Indian journal of veterinary science and animal husbandry - Volume 10,
Year: 1940
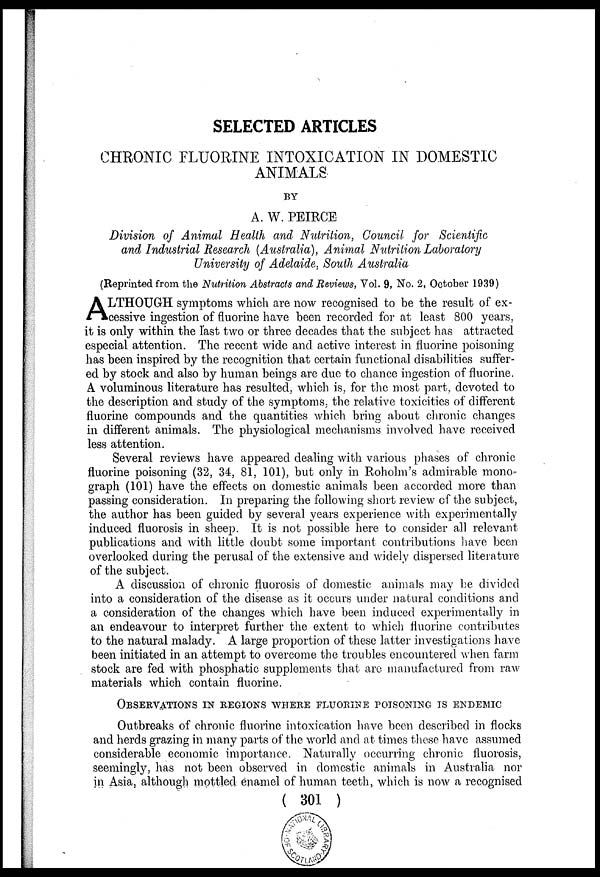
SELECTED ARTICLES
CHRONIC FLUORINE INTOXICATION IN DOMESTIC
ANIMALS
BY
A. W. PEIRCE
Division of Animal Health and Nutrition, Council for Scientific
and Industrial Research (Australia), Animal Nutrition Laboratory
University of Adelaide, South Australia
(Reprinted from the Nutrition Abstracts and Reviews, Vol. 9, No. 2, October 1939)
A LTHOUGH symptoms which are now recognised to be the result of ex-
cessive ingestion of fluorine have been recorded for at least 800 years,
it is only within the last two or three decades that the subject has attracted
especial attention. The recent wide and active interest in fluorine poisoning
has been inspired by the recognition that certain functional disabilities suffer-
ed by stock and also by human beings are due to chance ingestion of fluorine.
A voluminous literature has resulted, which is, for the most part, devoted to
the description and study of the symptoms, the relative toxicities of different
fluorine compounds and the quantities which bring about chronic changes
in different animals. The physiological mechanisms involved have received
less attention.
Several reviews have appeared dealing with various phases of chronic
fluorine poisoning (32, 34, 81, 101), but only in Roholm's admirable mono-
graph (101) have the effects on domestic animals been accorded more than
passing consideration. In preparing the following short review of the subject,
the author has been guided by several years experience with experimentally
induced fluorosis in sheep. It is not possible here to consider all relevant
publications and with little doubt some important contributions have been
overlooked during the perusal of the extensive and widely dispersed literature
of the subject.
A discussion of chronic fluorosis of domestic animals may be divided
into a consideration of the disease as it occurs under natural conditions and
a consideration of the changes which have been induced experimentally in
an endeavour to interpret further the extent to which fluorine contributes
to the natural malady. A large proportion of these latter investigations have
been initiated in an attempt to overcome the troubles encountered when farm
stock are fed with phosphatic supplements that are manufactured from raw
materials which contain fluorine.
OBSERVATIONS IN REGIONS WHERE FLUORINE POISONING IS ENDEMIC
Outbreaks of chronic fluorine intoxication have been described in flocks
and herds grazing in many parts of the world and at times these have assumed
considerable economic importance. Naturally occurring chronic fluorosis,
seemingly, has not been observed in domestic animals in Australia nor
in Asia, although mottled enamel of human teeth, which is now a recognised
( 301 )